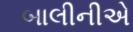
બાલીનીએ